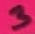
Text: 3